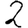
Digit: 2